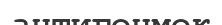
антигенмек